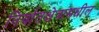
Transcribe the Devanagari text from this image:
निर्यातक्षेत्रामधील